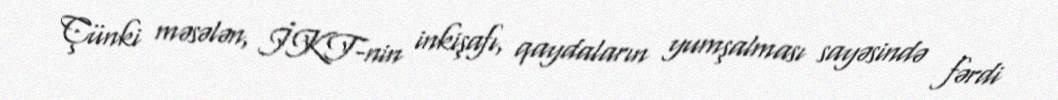
Çünki məsələn, İKT-nin inkişafı, qaydaların yumşalması sayəsində fərdi